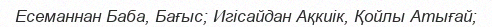
Есеманнан Баба, Бағыс; Игісайдан Ақкиік, Қойлы Атығай;